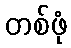
တစ်ဖုံ